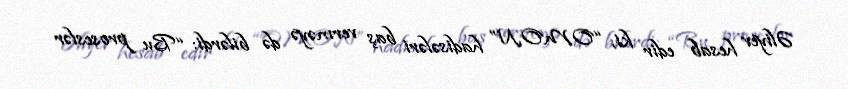
Əliyev hesab edir ki, “OMON” hadisələri baş verməyə də bilərdi: “Bu proseslər